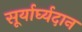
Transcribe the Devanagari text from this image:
सूर्यार्घ्यदान